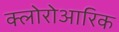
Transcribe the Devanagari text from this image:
क्लोरोआरिक